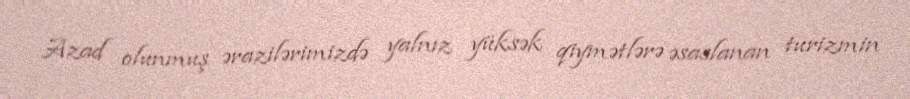
Azad olunmuş ərazilərimizdə yalnız yüksək qiymətlərə əsaslanan turizmin